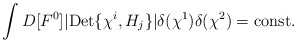
\begin{align*}\int D[F^0] |{\rm Det}\{\chi^i, H_j\}|\delta(\chi^1)\delta(\chi^2)={\rm const.}\end{align*}